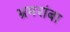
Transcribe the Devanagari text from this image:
भ्रमरांबा